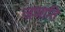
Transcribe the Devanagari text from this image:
जजाति